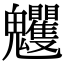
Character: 𩵈